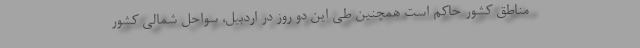
مناطق کشور حاکم است همچنین طی این دو روز در اردبیل، سواحل شمالی کشور